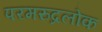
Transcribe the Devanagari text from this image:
परमरुद्रलोक